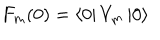
F _ { m } ( 0 ) = \left\langle 0 \right| V _ { m } \left| 0 \right\rangle